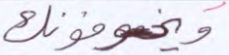
ويخوفونك